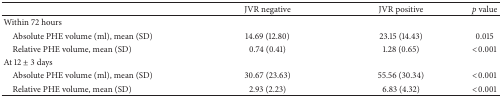
|  | JVR negative | JVR positive | p value |
 | --- | --- | --- | --- |
 | Within 72 hours |  |  |  |
 | Absolute PHE volume (ml), mean (SD) | 14.69 (12.80) | 23.15 (14.43) | 0.015 |
 | Relative PHE volume, mean (SD) | 0.74 (0.41) | 1.28 (0.65) | <0.001 |
 | At 12 ± 3 days |  |  |  |
 | Absolute PHE volume (ml), mean (SD) | 30.67 (23.63) | 55.56 (30.34) | <0.001 |
 | Relative PHE volume, mean (SD) | 2.93 (2.23) | 6.83 (4.32) | <0.001 |